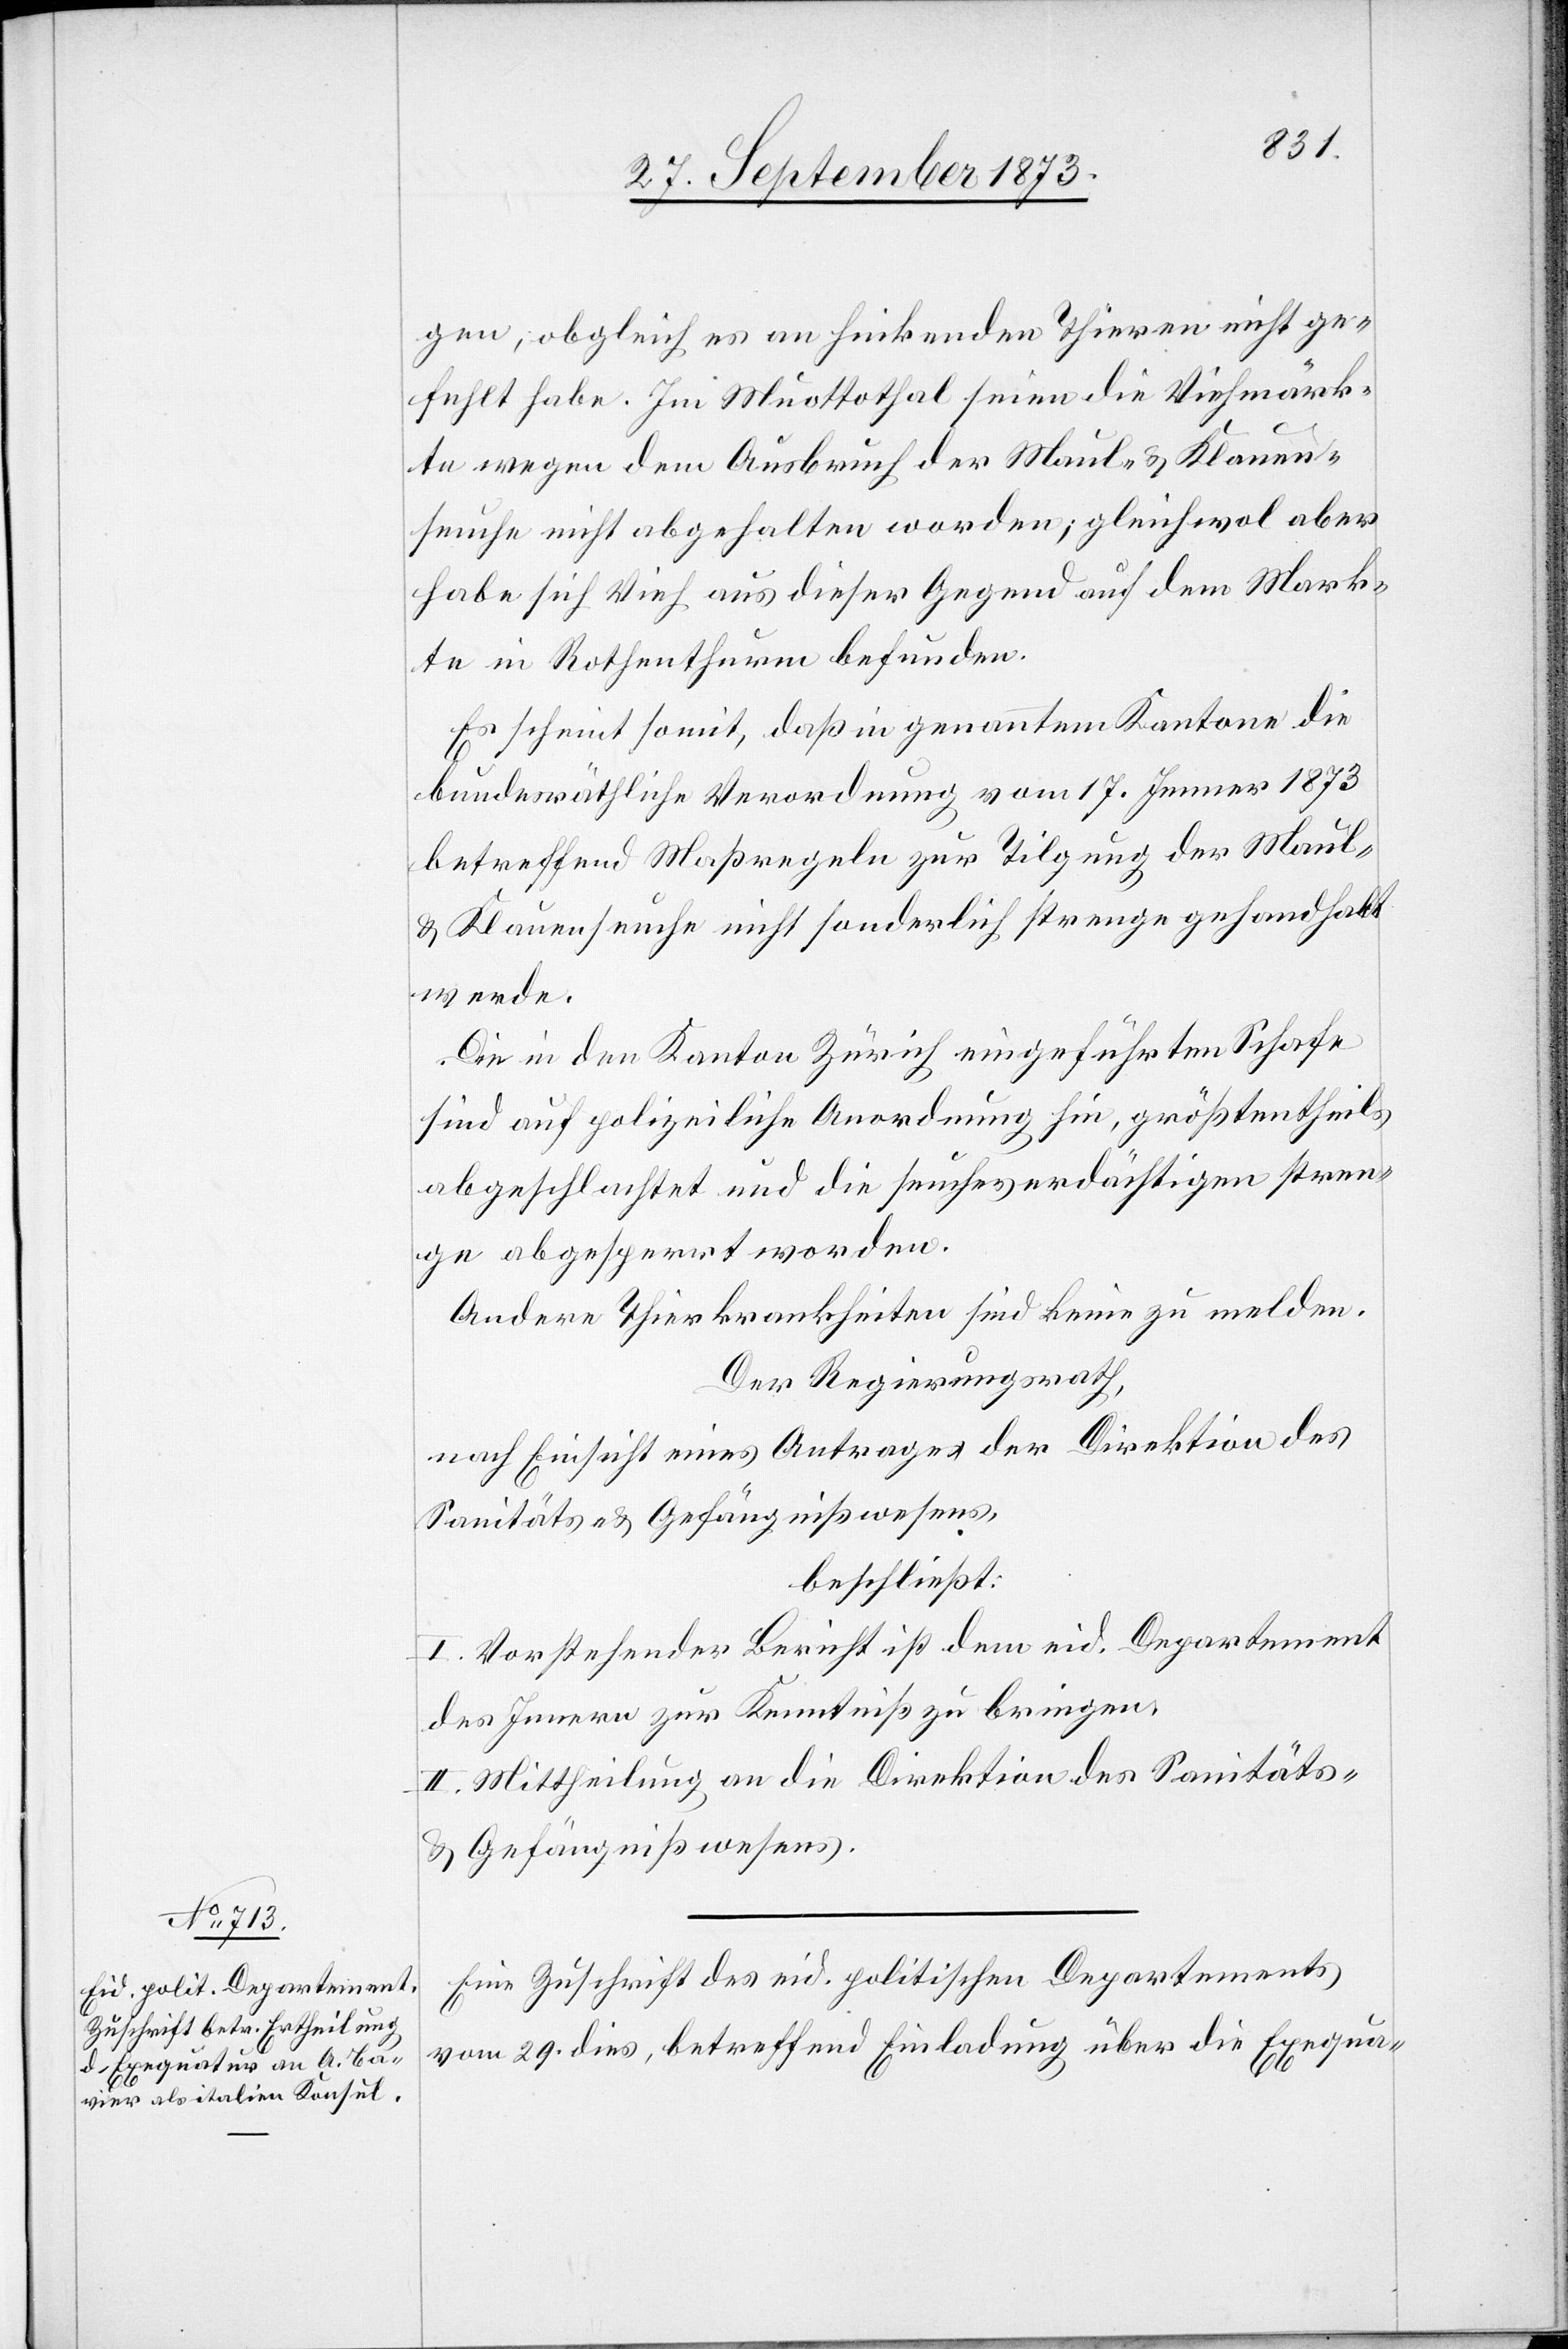
30. September 1873.]
gen, obgleich es an hinkenden Thieren nicht ge¬
fehlt habe. Im Muottothal seien die Viehmärk¬
te wegen dem Ausbruch der Maul- & Klauen¬
seuche nicht abgehalten worden; gleichwol aber
habe sich Vieh aus dieser Gegend auf dem Mark¬
te in Rothenthurm befunden.
Es scheint somit, daß in genanntem Kantone die
bundesräthliche Verordnung vom 17. Jenner 1873
betreffend Maßregeln zur Tilgung der Maul-
& Klauenseuche nicht sonderlich strenge gehandhabt
werde.
Die in den Kanton Zürich eingeführten Schafe
sind auf polizeiliche Anordnung hin, größtentheils
abgeschlachtet und die seucheverdächtigen stren¬
ge abgesperrt worden.
Andere Thierkrankheiten sind keine zu melden.
Der Regierungsrath,
nach Einsicht eines Antrages der Direktion des
Sanitäts- & Gefängnißwesens,
beschließt:
I. Vorstehender Bericht ist dem eid. Departement
des Innern zur Kenntniß zu bringen.
II. Mittheilung an die Direktion des Sanitäts-
& Gefängnißwesens.
Eine Zuschrift des eid. politischen Departements
vom 29. dies, betreffend Einladung über die Exequa-